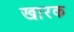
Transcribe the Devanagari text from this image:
खारक